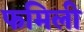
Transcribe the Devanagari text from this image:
फमिली